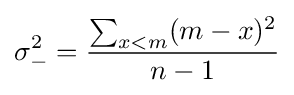
\sigma _{-}^{2}={\frac {\sum _{x<m}(m-x)^{2}}{n-1}}